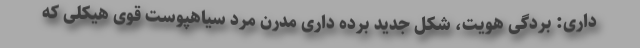
داری: بردگی هویت، شکل جدید برده داری مدرن مرد سیاهپوست قوی هیکلی که